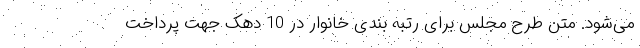
می‌شود. متن طرح مجلس برای رتبه ‌بندی خانوار در 10 دهک جهت پرداخت